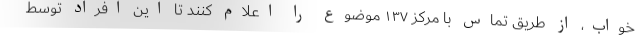
خواب، از طریق تماس با مرکز ١٣٧ موضوع را اعلام کنند تا این افراد توسط